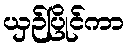
ယှဉ်ပြိုင်ကာ